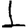
Digit: 1